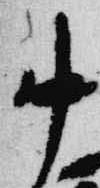
中